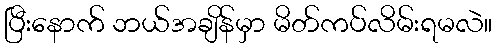
ပြီးနောက် ဘယ်အချိန်မှာ မိတ်ကပ်လိမ်းရမလဲ။